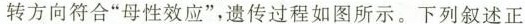
转方向符合“母性效应”，遗传过程如图所示。下列叙述正